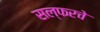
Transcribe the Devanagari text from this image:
सल्फरचे